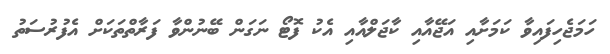
ހަމަޖެހިފައިވާ ކަމަށާއި އަޖޭއާއި ކާޖަލްއާއި އެކު ފޮޓޯ ނަގަން ބޭނުންވާ ފަރާތްތަކަށް އެފުރުސަތު